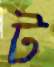
ট